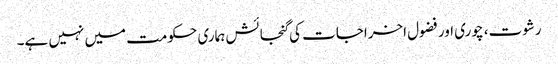
رشوت، چوری اور فضول اخراجات کی گنجائش ہماری حکومت میں نہیں ہے۔